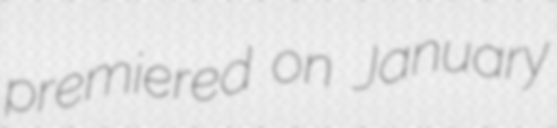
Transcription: premiered on January